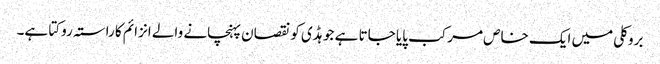
بروکلی میں ایک خاص مرکب پایا جاتا ہے جو ہڈی کو نقصان پہنچانے والے انزائم کا راستہ روکتا ہے۔